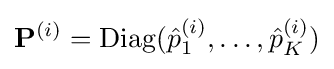
{\bf {P}}^{(i)}=\operatorname {Diag} ({\hat {p}}_{1}^{(i)},\ldots ,{\hat {p}}_{K}^{(i)})